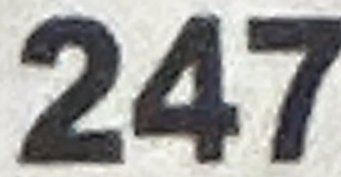
247